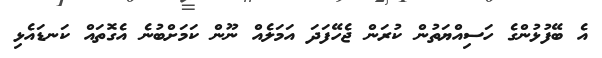
އެ ބޭފުޅުންގެ ހަސިއްޔަތުން ކުރަން ޖެހޭފަދަ އަމަލެއް ނޫން ކަމަށްބުނެ އެގޮތައް ކަނޑައެޅި